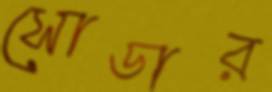
সোডার